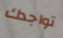
تواجدك